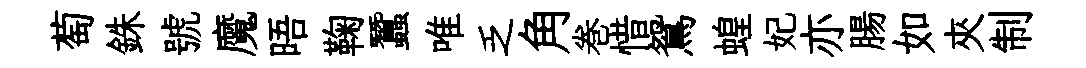
萄銖號魔晤鞠蠶唯乏角巻惜鴛蝗妃亦腸如夾制